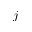
j